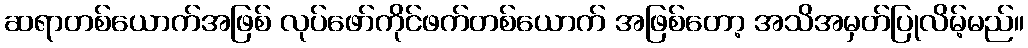
ဆရာတစ်ယောက်အဖြစ် လုပ်ဖော်ကိုင်ဖက်တစ်ယောက် အဖြစ်တော့ အသိအမှတ်ပြုလိမ့်မည်။